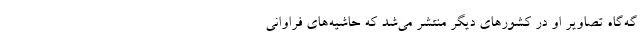
گه‌گاه تصاویر او در کشورهای دیگر منتشر می‌شد که حاشیه‌های فراوانی